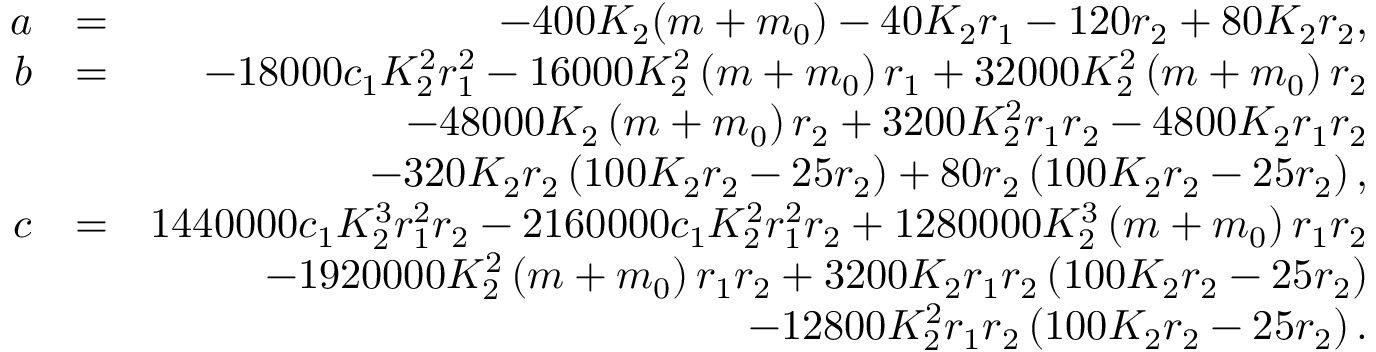
\begin{array} { r l r } { a } & { = } & { - 4 0 0 K _ { 2 } ( m + m _ { 0 } ) - 4 0 K _ { 2 } r _ { 1 } - 1 2 0 r _ { 2 } + 8 0 K _ { 2 } r _ { 2 } , } \\ { b } & { = } & { - 1 8 0 0 0 c _ { 1 } K _ { 2 } ^ { 2 } r _ { 1 } ^ { 2 } - 1 6 0 0 0 K _ { 2 } ^ { 2 } \left( m + m _ { 0 } \right) r _ { 1 } + 3 2 0 0 0 K _ { 2 } ^ { 2 } \left( m + m _ { 0 } \right) r _ { 2 } } \\ & { } & { - 4 8 0 0 0 K _ { 2 } \left( m + m _ { 0 } \right) r _ { 2 } + 3 2 0 0 K _ { 2 } ^ { 2 } r _ { 1 } r _ { 2 } - 4 8 0 0 K _ { 2 } r _ { 1 } r _ { 2 } } \\ & { } & { - 3 2 0 K _ { 2 } r _ { 2 } \left( 1 0 0 K _ { 2 } r _ { 2 } - 2 5 r _ { 2 } \right) + 8 0 r _ { 2 } \left( 1 0 0 K _ { 2 } r _ { 2 } - 2 5 r _ { 2 } \right) , } \\ { c } & { = } & { 1 4 4 0 0 0 0 c _ { 1 } K _ { 2 } ^ { 3 } r _ { 1 } ^ { 2 } r _ { 2 } - 2 1 6 0 0 0 0 c _ { 1 } K _ { 2 } ^ { 2 } r _ { 1 } ^ { 2 } r _ { 2 } + 1 2 8 0 0 0 0 K _ { 2 } ^ { 3 } \left( m + m _ { 0 } \right) r _ { 1 } r _ { 2 } } \\ & { } & { - 1 9 2 0 0 0 0 K _ { 2 } ^ { 2 } \left( m + m _ { 0 } \right) r _ { 1 } r _ { 2 } + 3 2 0 0 K _ { 2 } r _ { 1 } r _ { 2 } \left( 1 0 0 K _ { 2 } r _ { 2 } - 2 5 r _ { 2 } \right) } \\ & { } & { - 1 2 8 0 0 K _ { 2 } ^ { 2 } r _ { 1 } r _ { 2 } \left( 1 0 0 K _ { 2 } r _ { 2 } - 2 5 r _ { 2 } \right) . } \end{array}